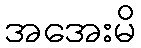
အအေးမိ